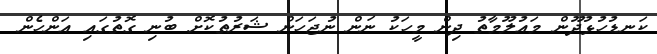
ކަނޑުހުޅުދޫން މައުލޫމާތު ދިން މީހަކު ނަން ނުޖަހަން ޝަރުތުކޮށް ބުނި ގޮތުގައި އަންހެން